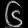
Digit: ၆